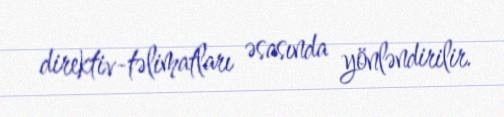
direktiv-təlimatları əsasında yönləndirilir.